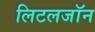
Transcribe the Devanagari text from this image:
लिटलजॉन